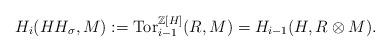
LaTeX: \begin{align*}H_i(H H_{\sigma}, M):= \mathrm{Tor}_{i-1}^{\mathbb{Z}[H]}(R,M)= H_{i-1}(H, R \otimes M).\end{align*}